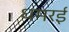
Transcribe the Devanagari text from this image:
धमरई